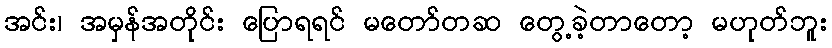
အင်း၊ အမှန်အတိုင်း ပြောရရင် မတော်တဆ တွေ့ခဲ့တာတော့ မဟုတ်ဘူး